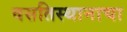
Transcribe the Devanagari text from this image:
वसतिस्थानाचा